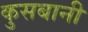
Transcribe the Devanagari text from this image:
कुसबानी